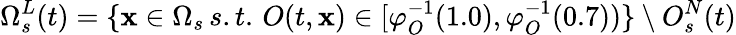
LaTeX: \Omega_{s}^{L}(t)=\{ \mathbf{x}\in\Omega_{s}\, s.t.\, O(t,\mathbf{x})\in[\varphi_{O}^{-1}(1.0),\varphi_{O}^{-1}(0.7))\} \setminus O_{s}^{N}(t)